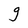
Character: g